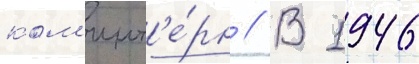
ком'инт'е́рн // В 1946